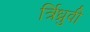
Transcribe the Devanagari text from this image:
र्त्रिध्रुवी